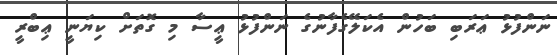
ނަންފުޅު ޢަރަބި ބަހުން އެކަލޭގެފާނުގެ ނަންފުޅު ޢީސާ މި ގޮތަށް ކިޔަނީ ޢިބްރީ